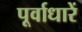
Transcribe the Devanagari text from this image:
पूर्वाधारें